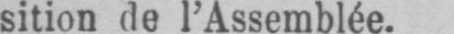
sition de l’Assemblée.